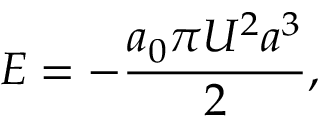
E = - \frac { a _ { 0 } \pi U ^ { 2 } a ^ { 3 } } { 2 } ,